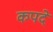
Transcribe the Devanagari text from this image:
कपदे